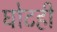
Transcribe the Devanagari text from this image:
घोटही